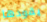
يقودها